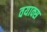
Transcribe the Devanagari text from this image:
वयाक्स